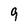
Character: 9